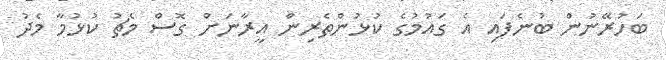
ބަހުރޭނުން ބުނެފައި އެ ގައުމުގެ ކުޅުންތެރިން އީރާނަށް ގޮސް މެޗު ކުޅުމާ މެދު